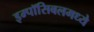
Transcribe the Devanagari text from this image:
इम्पॉसिबलमध्ये